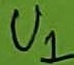
Text: U1